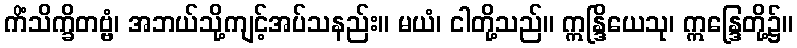
ကိံသိက္ခိတဗ္ဗံ၊ အဘယ်သို့ကျင့်အပ်သနည်း။ မယံ၊ ငါတို့သည်။ ဣန္ဒြိယေသု၊ ဣန္ဒြေတို့၌။